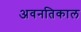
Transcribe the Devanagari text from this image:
अवनतिकाल